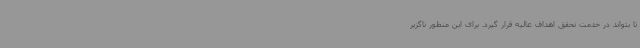
تا بتواند در خدمت تحقق اهداف عالیه قرار گیرد. برای این منظور ناگزیر